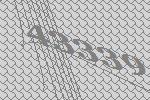
43339